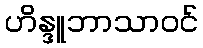
ဟိန္ဒူဘာသာဝင်